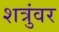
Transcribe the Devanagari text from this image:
शत्रुंवर